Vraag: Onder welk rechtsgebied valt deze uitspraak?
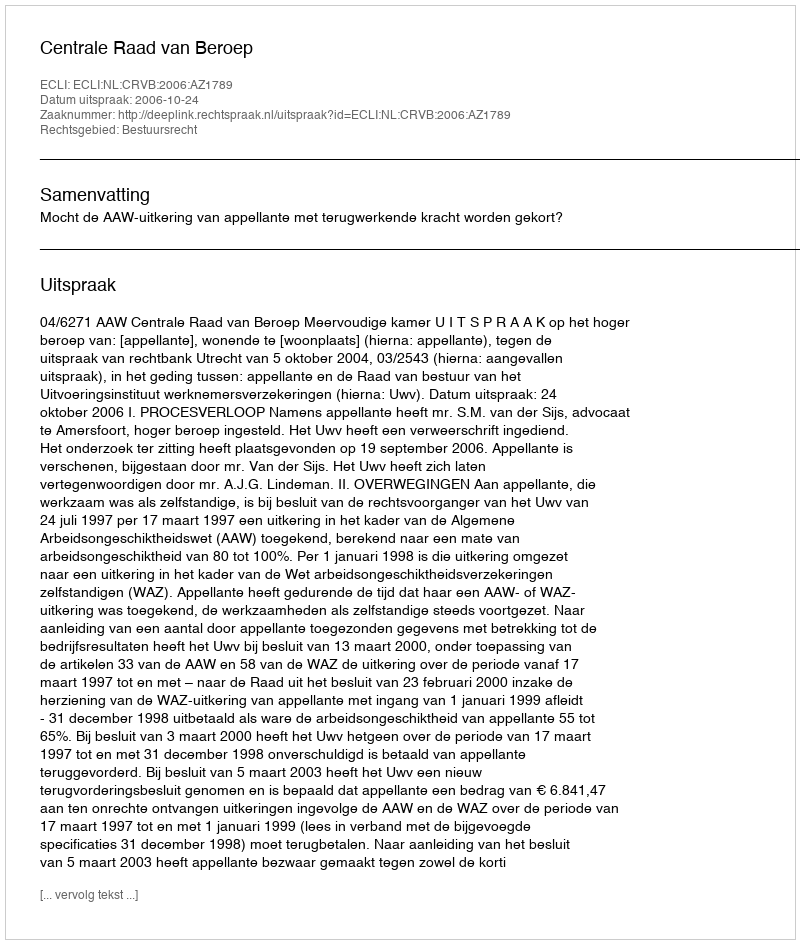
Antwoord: Bestuursrecht